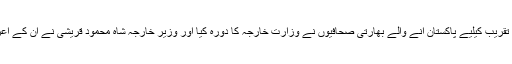
کرتارپور کوریڈور تقریب کیلیے پاکستان آنے والے بھارتی صحافیوں نے وزارت خارجہ کا دورہ کیا اور وزیر خارجہ شاہ محمود قریشی نے ان کے اعزاز میں عشائیہ دیا۔